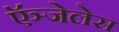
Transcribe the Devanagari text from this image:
ऍञ्जेलेस